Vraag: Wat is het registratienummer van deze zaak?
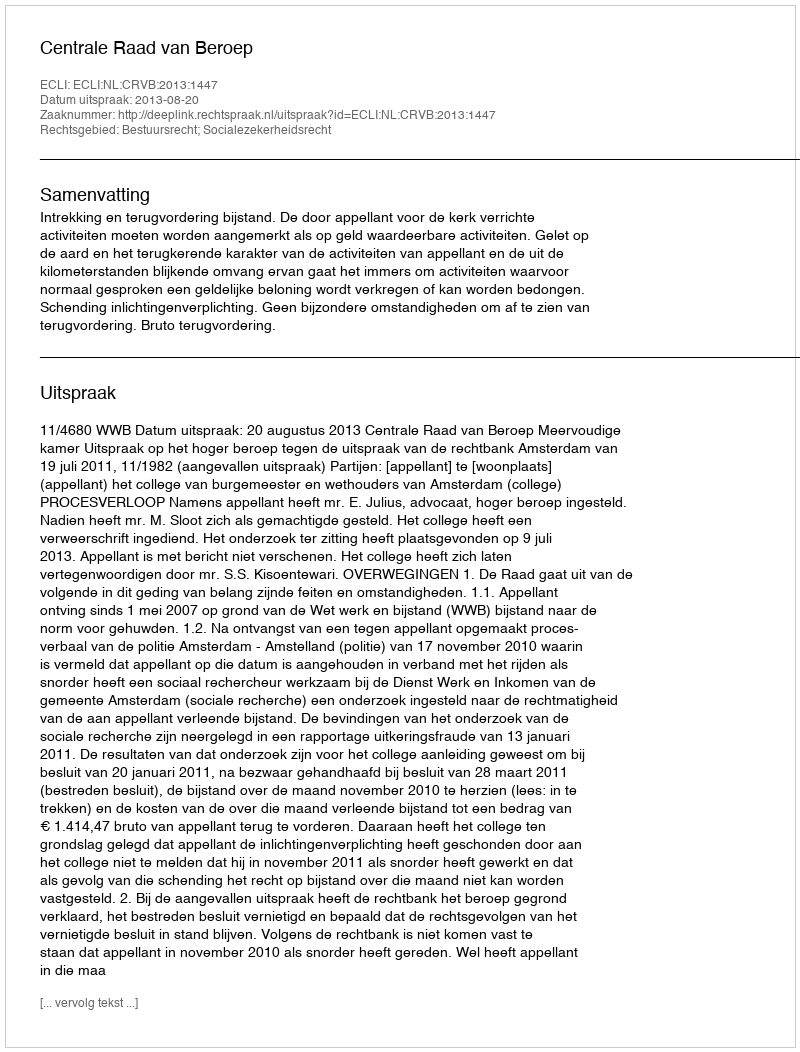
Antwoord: http://deeplink.rechtspraak.nl/uitspraak?id=ECLI:NL:CRVB:2013:1447